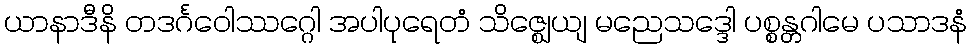
ယာနာဒီနိ တဒင်္ဂဝေါဿဂ္ဂေါ အပါပုရေတံ သိဇ္ဈေယျ မညေသဒ္ဒေါ ပစ္စန္တဂါမေ ပသာဒနံ